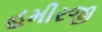
હમીરજી